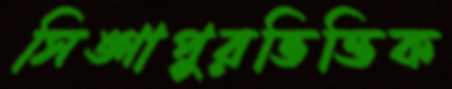
সিঙ্গাপুরভিত্তিক